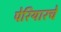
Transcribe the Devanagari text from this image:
पेरियारचे